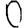
Digit: 0